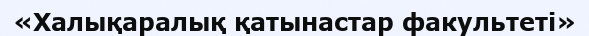
«Халықаралық қатынастар факультеті»